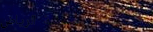
صيدلية الرياض